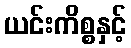
ယင်းကိစ္စနှင့်